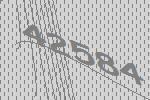
42584